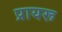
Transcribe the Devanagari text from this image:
प्रायरू